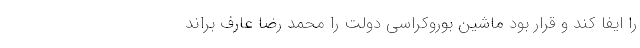
را ایفا کند و قرار بود ماشین بوروکراسی دولت را محمد رضا عارف براند